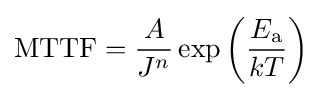
{\text{MTTF}}={\frac {A}{J^{n}}}\exp {\left({\frac {E_{\text{a}}}{kT}}\right)}